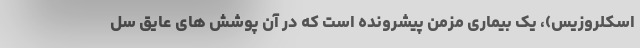
اسکلروزیس)، یک بیماری مزمن پیشرونده است که در آن پوشش های عایق سل